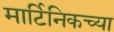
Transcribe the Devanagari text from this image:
मार्टिनिकच्या